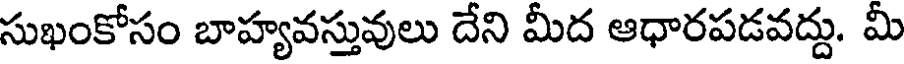
సుఖంకోసం బాహ్యవస్తువులు దేని మీద ఆధారపడవద్దు. మీ